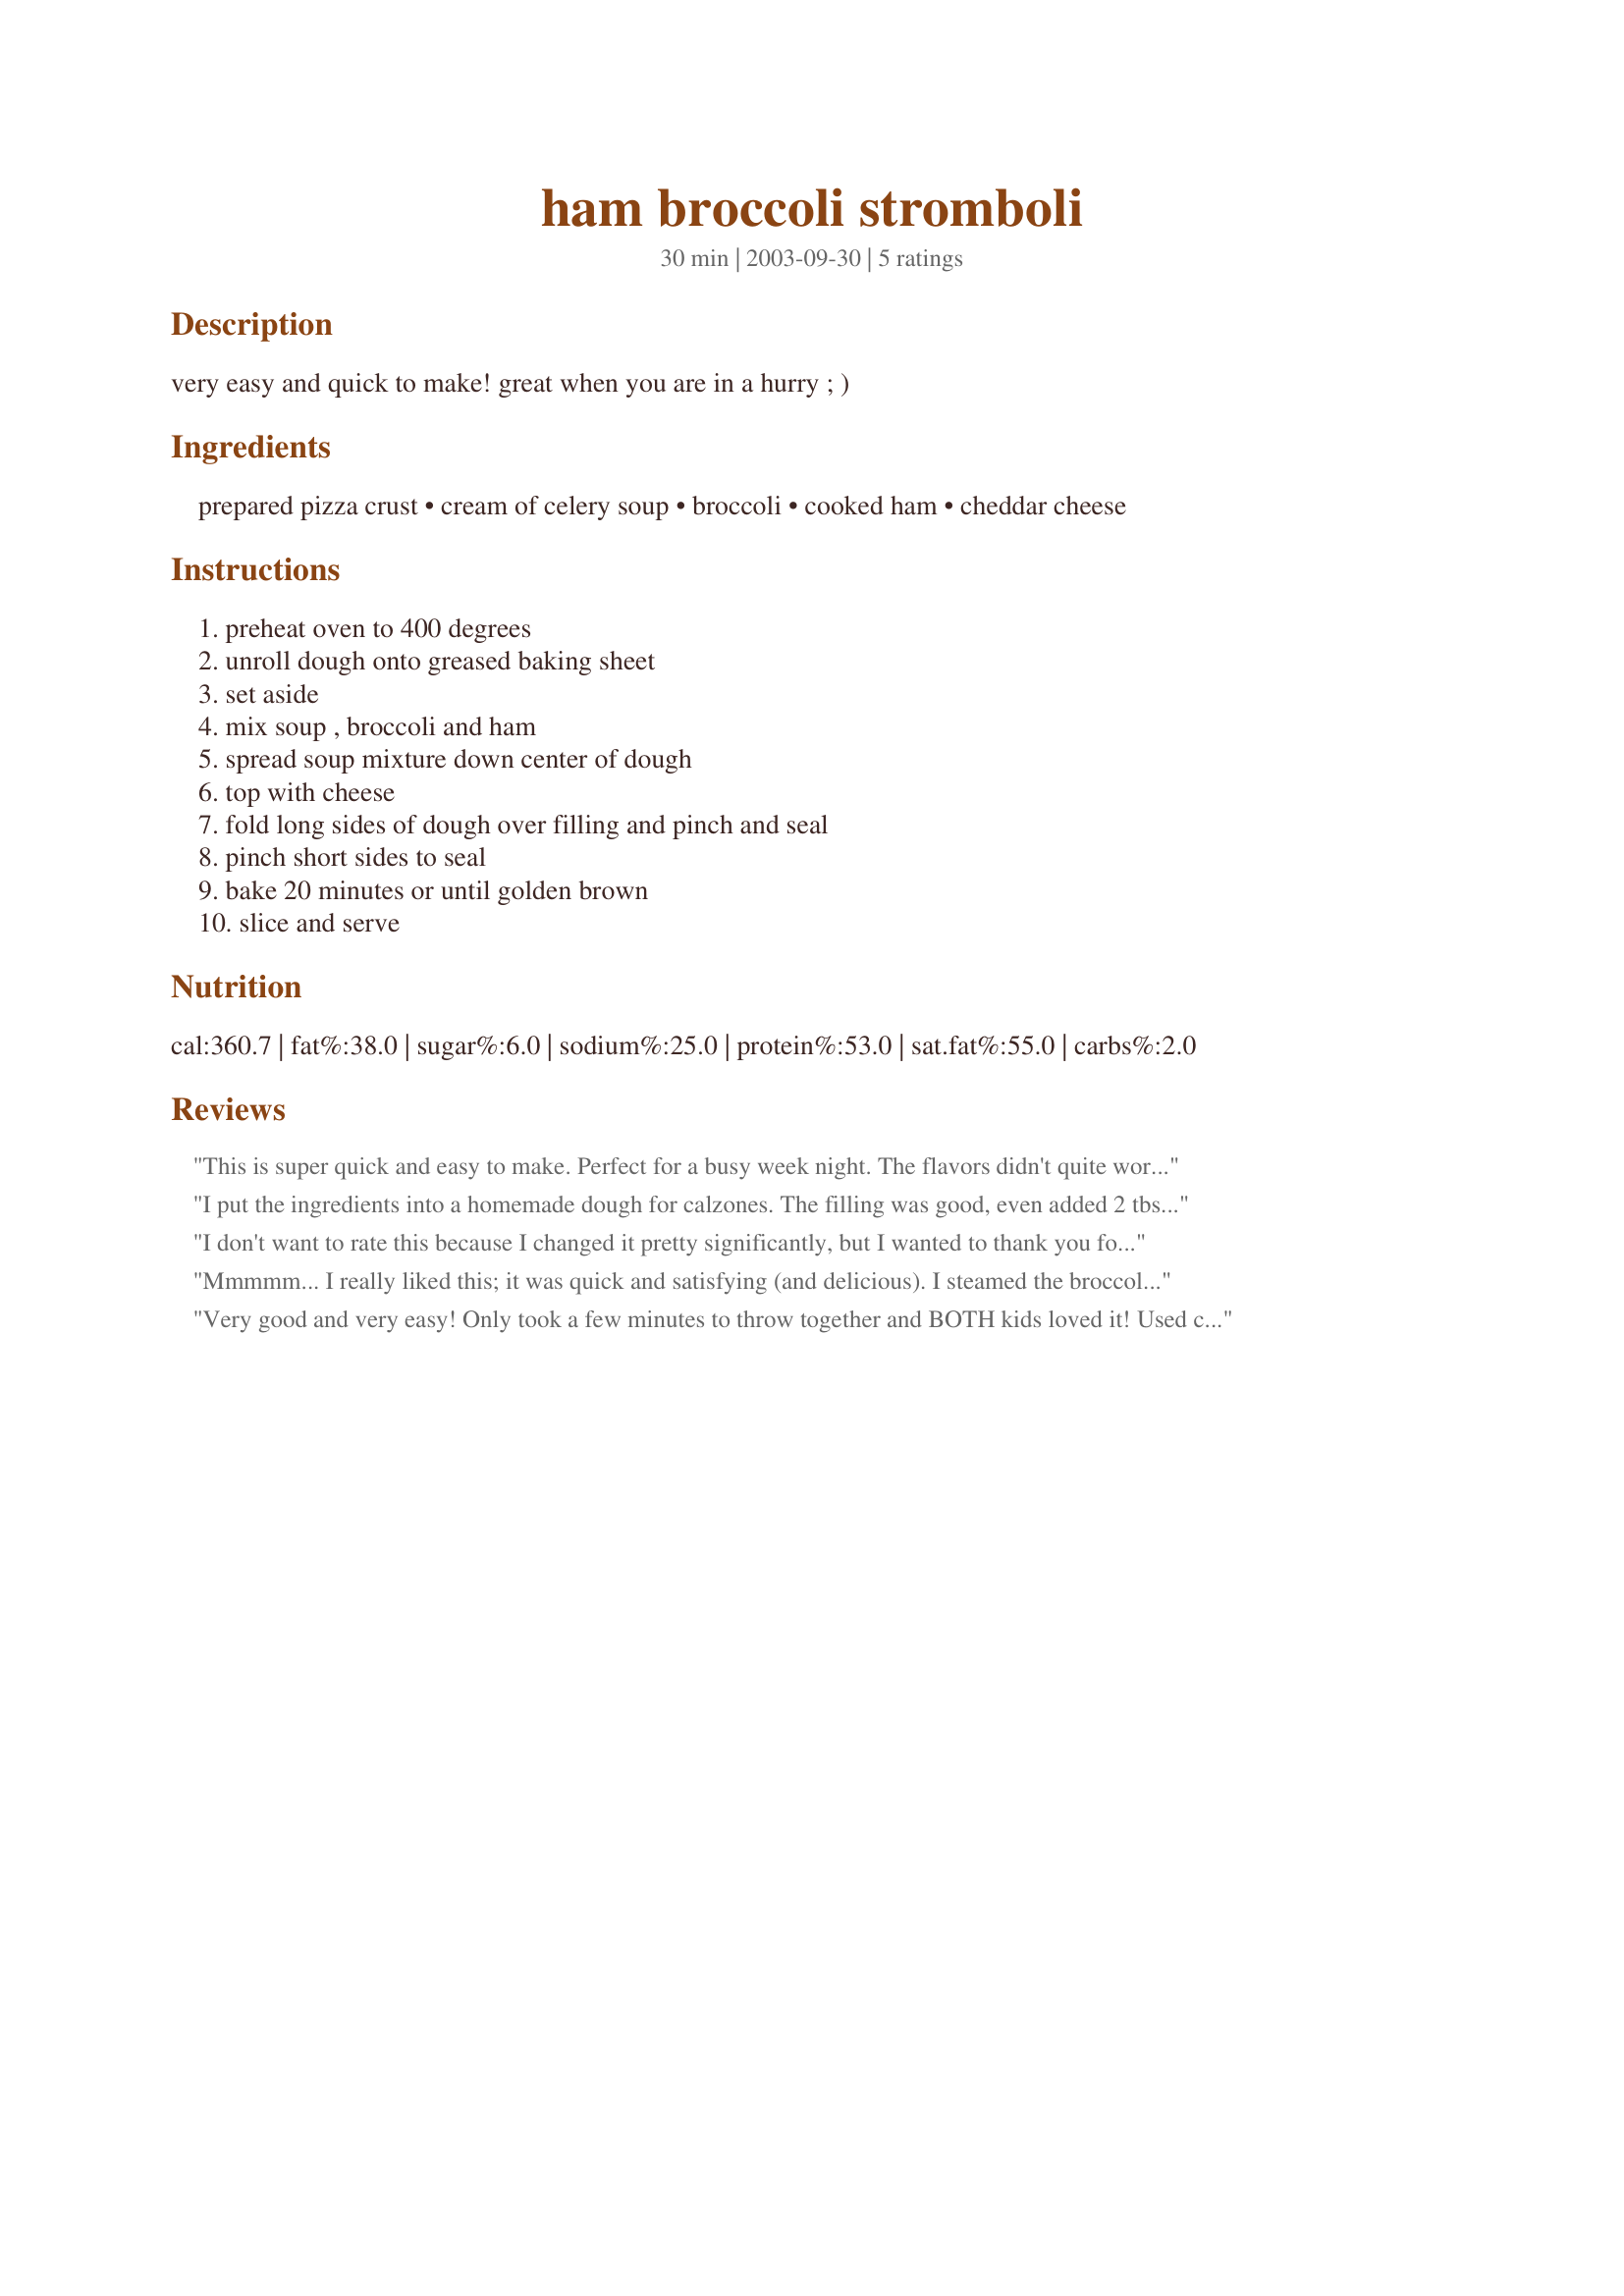
ham broccoli stromboli
Preparation time: 30 minutes

very easy and quick to make! great when you are in a hurry ; )

Ingredients:
prepared pizza crust, cream of celery soup, broccoli, cooked ham, cheddar cheese

Steps:
preheat oven to 400 degrees, unroll dough onto greased baking sheet, set aside, mix soup , broccoli and ham, spread soup mixture down center of dough, top with cheese, fold long sides of dough over filling and pinch and seal, pinch short sides to seal, bake 20 minutes or until golden brown, slice and serve

Reviews:
This is super quick and easy to make. Perfect for a busy week night. The flavors didn't quite work for me, but over all not a bad recipe.
I put the ingredients into a homemade dough for calzones. The filling was good, even added 2 tbsp of sour cream. The family liked the flavor and it was great the next day for lunch. Thank you for inspiration and the easy filling.
I don't want to rate this because I changed it pretty significantly, but I wanted to thank you for posting to inspire me. We rolled out a thawed loaf of white bread dough, and added leftover spiral sliced honey ham from last Sunday's dinner, cooked fresh broccoli and shredded cheddar. We wound up skipping the cream soup because no one in the family really likes it. I baked for 15 minutes at 375, then reduced the heat to 325 for the last 10 minutes because it was browning too quickly. It came out perfect! Thank you again for the inspiration!
Mmmmm... I really liked this; it was quick and satisfying (and delicious). I steamed the broccoli and used low fat cream of celery soup, ripped-up sliced deli ham (instead of cubed), and a mozzarella-cheddar combo. I also decided to thaw and roll out a loaf of bread dough instead of using a prepared pizza crust. Then I just spread all of the ingredients and rolled (like a thick jelly roll).

Baking it for 20 minutes at 400 didn't seem like enough; I think next time I'll bake it at 425. Some of the dough inside was only half-baked.
Very good and very easy! Only took a few minutes to throw together and BOTH kids loved it! Used cheddar/swiss combo of cheese and also baked for longer on 415. Will add this to the rotation!
